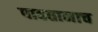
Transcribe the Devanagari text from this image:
पाहतानाच